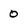
Character: 0